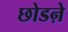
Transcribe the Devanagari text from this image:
छोडऩे